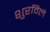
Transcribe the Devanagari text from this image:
शुरविले